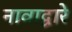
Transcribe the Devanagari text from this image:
नावाद्वारे